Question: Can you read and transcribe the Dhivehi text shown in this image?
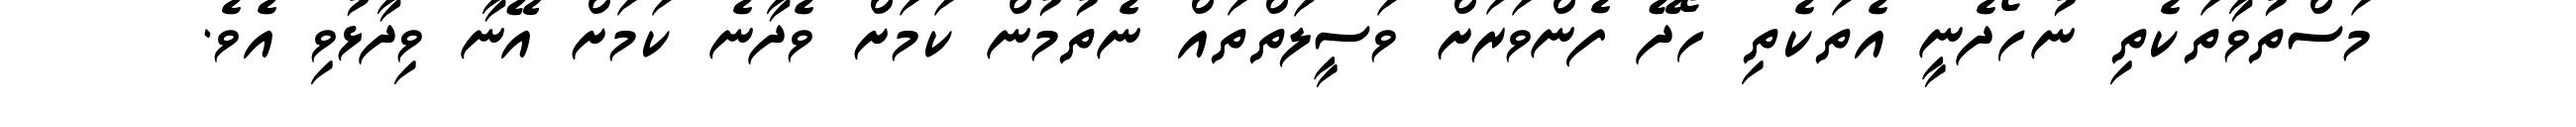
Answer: މަސްތުވާތަކެތި ނުހޯދެނީ އެތަކެތި ހޯދޭ ފެންވަރަށް ވަސީލަތްތައް ނެތުމުން ކަމަށް ވެދާނެ ކަމަށް އޭނާ ވިދާޅުވި އެވެ.